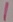
Text: 1